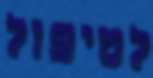
לטיפול